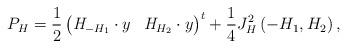
LaTeX: \begin{align*}P_{H}=\frac{1}{2}\begin{pmatrix}\mathit{H}_{-H_{1}}\cdot y & \mathit{H}_{H_{2}}\cdot y\end{pmatrix}^{t}+\frac{1}{4}J_{H}^{2}\left( -H_{1},H_{2}\right) ,\end{align*}